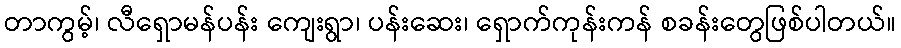
တာကွမ့်၊ လီရှောမန်ပန်း ကျေးရွာ၊ ပန်းဆေး၊ ရှောက်ကုန်းကန် စခန်းတွေဖြစ်ပါတယ်။